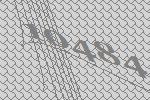
10484